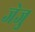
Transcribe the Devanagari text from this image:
जेजु